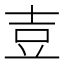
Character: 壴